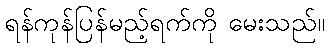
ရန်ကုန်ပြန်မည့်ရက်ကို မေးသည်။